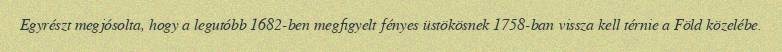
Egyrészt megjósolta, hogy a legutóbb 1682-ben megfigyelt fényes üstökösnek 1758-ban vissza kell térnie a Föld közelébe.